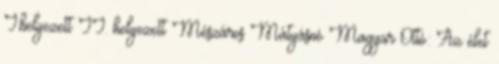
I.helyezett II. helyezett Mészáros Mátyásné Magyar Ottó: Az élet